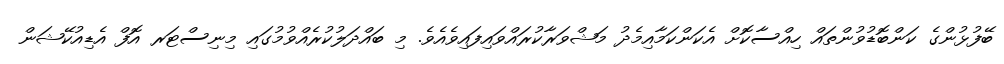
ބޭފުޅުންގެ ކަންބޮޑުވުންތައް ހިއްސާކޮށް އެކަންކަމާއިމެދު މަޝްވަރާކުރައްވައިފައިވެއެވެ. މި ބައްދަލުކުރެއްވުމުގައި މިނިސްޓަރ އޮފް އެޑިއުކޭޝަން